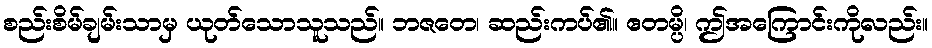
စည်းစိမ်ချမ်းသာမှ ယုတ်သောသူသည်။ ဘဇတေ၊ ဆည်းကပ်၏။ ဧတမ္ပိ၊ ဤအကြောင်းကိုလည်း။